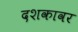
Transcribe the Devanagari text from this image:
दशकावर